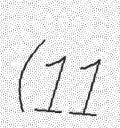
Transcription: (11